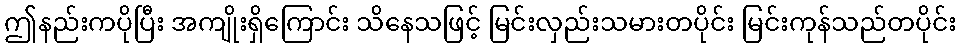
ဤနည်းကပိုပြီး အကျိုးရှိကြောင်း သိနေသဖြင့် မြင်းလှည်းသမားတပိုင်း မြင်းကုန်သည်တပိုင်း